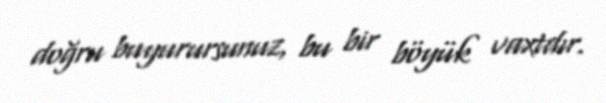
doğru buyurursunuz, bu bir böyük vaxtdır.